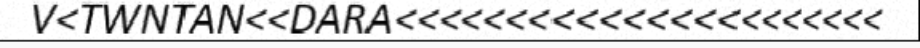
V<TWNTAN<<DARA<<<<<<<<<<<<<<<<<<<<<<